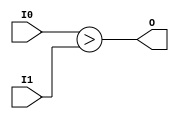
module coreir_sgt4_wrapped (
    input [3:0] I0,
    input [3:0] I1,
    output O
);
assign O = ($signed(I0)) > ($signed(I1));
endmodule